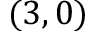
( 3 , 0 )